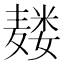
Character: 𱋡